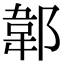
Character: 郼